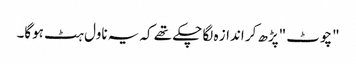
"چوٹ "پڑھ کر انداز ہ لگا چکے تھے کہ یہ ناول ہٹ ہوگا۔